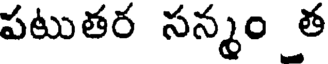
పటుతర సన్మం త